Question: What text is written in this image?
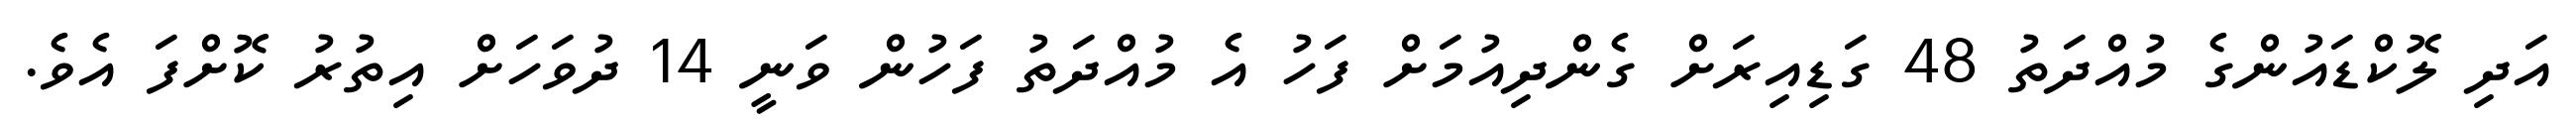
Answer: އަދި ލޮކްޑައުންގެ މުއްދަތު 48 ގަޑިއިރަށް ގެންދިއުމަށް ފަހު އެ މުއްދަތު ފަހުން ވަނީ 14 ދުވަހަށް އިތުރު ކޮށްފަ އެވެ.